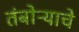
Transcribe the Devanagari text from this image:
तंबोऱ्याचे